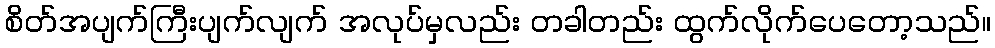
စိတ်အပျက်ကြီးပျက်လျက် အလုပ်မှလည်း တခါတည်း ထွက်လိုက်ပေတော့သည်။